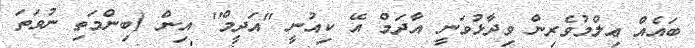
ބައެއް ޢިލްމުވެރިން ވިދާޅުވަނީ އާދަމް އޭ ކިއުނީ ''އަދީމް'' އިން (ބިންމަތި ނުވަތަ